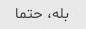
بله، حتما